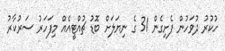
ހުކުރު ދުވަހުން ފެށިގެން 31 ގެ ނިޔަލަށް ބޮޑު ޗުއްޓީއެއް މިފަހަރު ސަރުކާރު